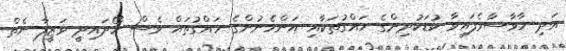
އަދި ހާވާސާވެފައިވާ ކުޑަކުދިންގެ ހައްގުތަކާއި އަންހެނުންގެ ހައްގުތައް ވެސް ހޯދައިދީ ވަޒީފާ ނެތް